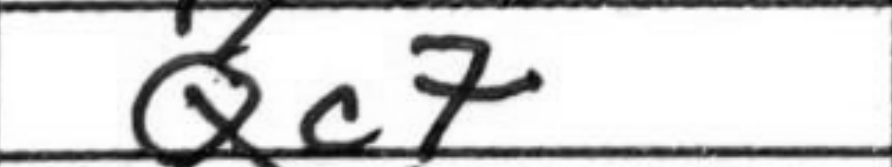
Transcription: Qc7